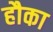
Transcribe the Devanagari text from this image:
हौका